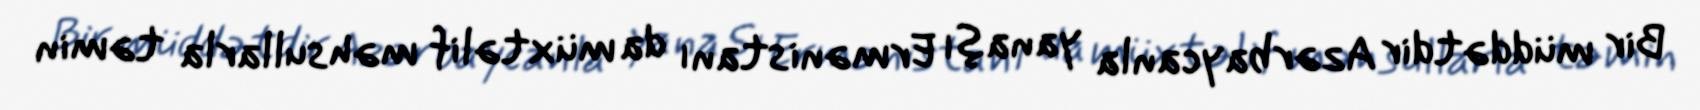
Bir müddətdir Azərbaycanla yanaşı Ermənistanı da müxtəlif məhsullarla təmin